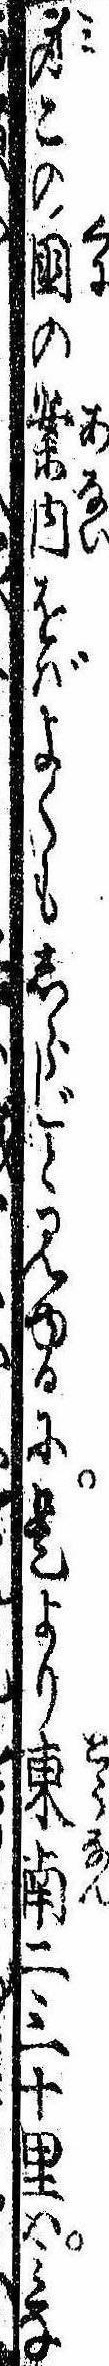
身この国の案内をばよくもしらじと見ゆるに是より東南二三十里はみな